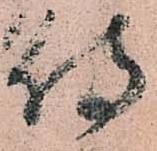
侍